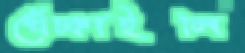
খেঁচ্‌কাইলি